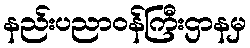
နည်းပညာဝန်ကြီးဌာနမှ